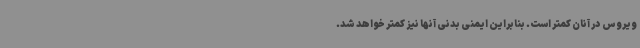
ویروس در آنان کمتر است. بنابراین ایمنی بدنی آنها نیز کمتر خواهد شد.